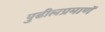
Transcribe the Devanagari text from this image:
पुढीलप्रमाणॅ